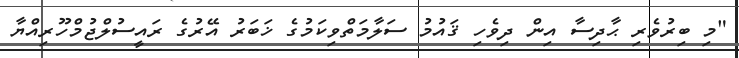
"މި ބިރުވެރި ޙާދިސާ އިން ދިވެހި ޤައުމު ސަލާމަތްވިކަމުގެ ޚަބަރު އޭރުގެ ރައީސުލްޖުމްހޫރިއްޔާ